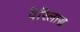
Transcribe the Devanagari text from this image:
पेरिलास